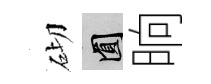
砌圓晌